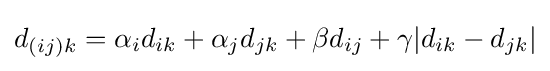
d_{(ij)k}=\alpha _{i}d_{ik}+\alpha _{j}d_{jk}+\beta d_{ij}+\gamma |d_{ik}-d_{jk}|